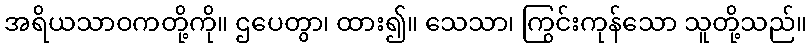
အရိယသာဝကတို့ကို။ ဌပေတွာ၊ ထား၍။ သေသာ၊ ကြွင်းကုန်သော သူတို့သည်။